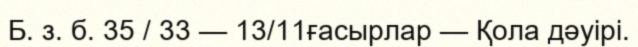
Б. з. б. 35 / 33 — 13/11ғасырлар — Қола дәуірі.